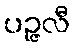
ပဉ္ဇလီ